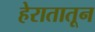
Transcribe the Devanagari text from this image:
हेरातातून